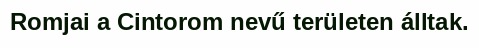
Romjai a Cintorom nevű területen álltak.